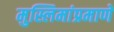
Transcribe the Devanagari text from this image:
मुस्लिमांप्रमाणे